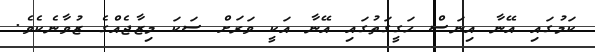
ކަމުގައި އޭނާ އިނަސް ހަގީގަތުގައި އޭނާ އަކީ ވަރަށް ސަކަ މިޒާޖެއްގެ ޒުވާނެކެވެ.